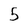
Character: 5